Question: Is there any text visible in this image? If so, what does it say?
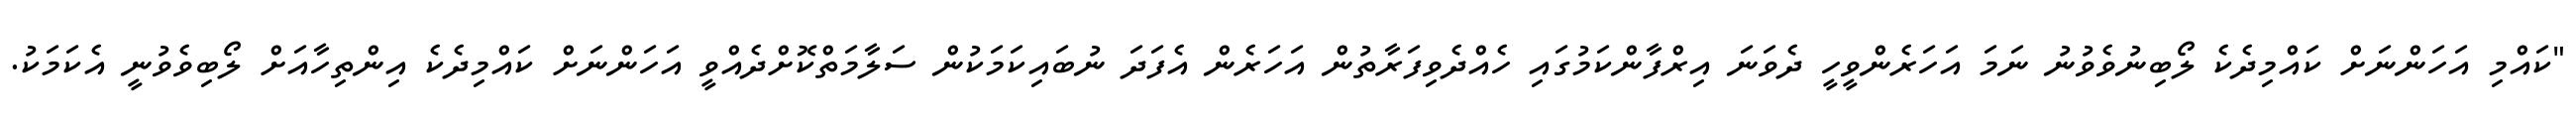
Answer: "ކައްމި އަހަންނަށް ކައްމިދެކެ ލޯބިނުވެވުނު ނަމަ އަހަރެންވީހީ ދެވަނަ އިރްފާންކަމުގައި ހެއްދެވިފަރާތުން އަހަރެން އެފަދަ ނުބައިކަމަކުން ސަލާމަތްކޮށްދެއްވީ އަހަންނަށް ކައްމިދެކެ އިންތިހާއަށް ލޯބިވެވުނީ އެކަމަކު.